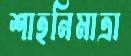
শাহনিমাত্রা